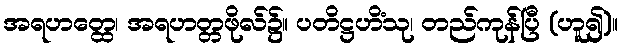
အရဟတ္ထေ၊ အရဟတ္တဖိုလ်၌။ ပတိဋ္ဌဟိံသု၊ တည်ကုန်ပြီ (ဟူ၍)။